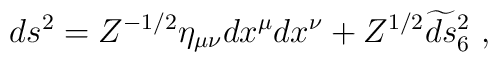
ds^{2} = Z^{-1/2}\eta_{\mu\nu}dx^{\mu}dx^{\nu}+ Z^{1/2}\widetilde{ds}{}_6^2\ ,